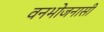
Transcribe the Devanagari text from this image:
वनभोजनासी